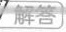
解答